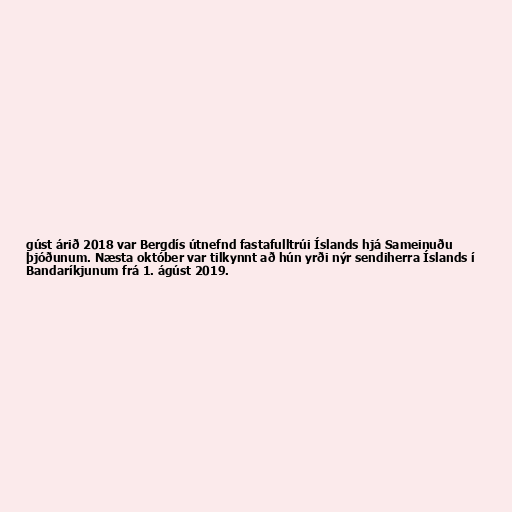
gúst árið 2018 var Bergdís útnefnd fastafulltrúi Íslands hjá Sameinuðu
þjóðunum. Næsta október var tilkynnt að hún yrði nýr sendiherra Íslands í
Bandaríkjunum frá 1. ágúst 2019.